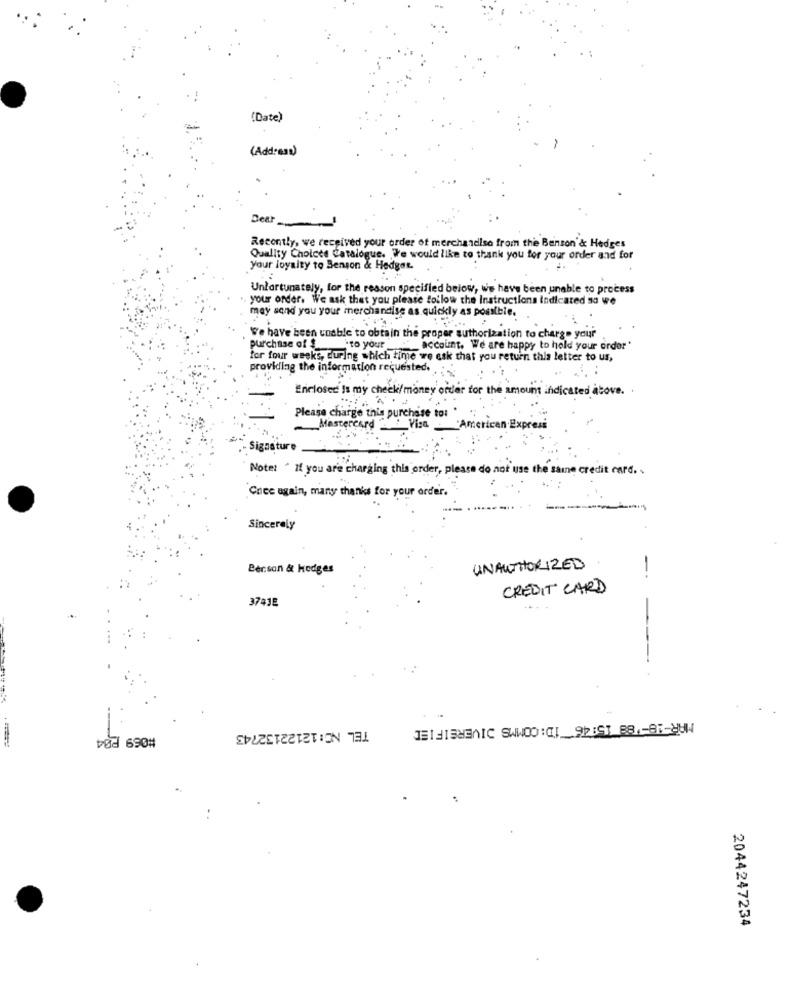
(Date)
(Address)
Dear_
Recently, we received your order of merchandise from the Benson'& Hedges
Quality Choices Catalogue. Te would like to thank you for your order and for
your loyalty to Benson & Hedgar.
Unfortunately, for the reason specified below, we have been unable to process
.. your order. We ask that you please follow the Instructions indicated so we
may send you your merchandise as quickly as possible.
We have been unable to obtain the proper authorization to charge your
Purchase of $_'to your_
" account. We are happy to hold your order "
for four weeks, during which time we ask that you return this letter to us,
providing the information requested.
Enclosed Is my chee
money order for the amount indicated above. .
Please charge this purchase to: '
Mastercard
Visa
American Expres
Signature
Note: * If you are charging this order, please do not use the same credit card. .
Cree again, many thanks for your order.
Sincerely
Berson & Hodges
UNAUTHORIZED
-.
CREDIT CARD
374JE
#069 P04
TEL NO: 12122132743
2044247234